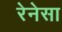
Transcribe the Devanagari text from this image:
रेनेसा